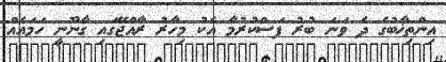
އިންތިޚާބުގެ ދެ ވަނަ ބުރު ފަސްކުރުމާ އެކު މިހާރު ރާއްޖޭގައި ގާނޫނީ ހަމައެއް